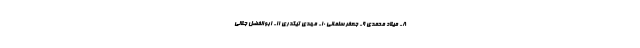
٨- میلاد محمدى ٩- جعفر سلمانى ١٠- مهدی تیکدرى ١١- ابوالفضل جلالى